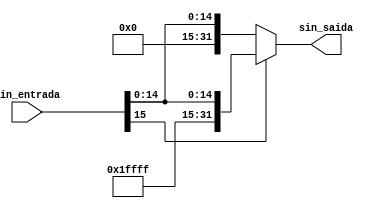
module extensor_sinal (sin_entrada, sin_saida);

input [15:0] sin_entrada;

output wire [31:0] sin_saida;


assign sin_saida = sin_entrada[15] == 0 ? {16'b0000000000000000, sin_entrada}: {16'b1111111111111111, sin_entrada};

endmodule